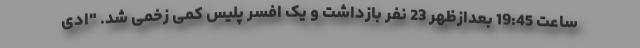
ساعت 19:45 بعدازظهر 23 نفر بازداشت و یک افسر پلیس کمی زخمی شد. "ادی